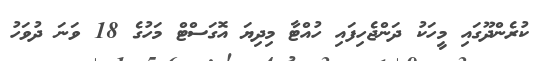
ކުރެންދޫގައި މީހަކު ދަންޖެހިފައި ހުއްޓާ މިދިޔަ އޮގަސްޓް މަހުގެ 18 ވަނަ ދުވަހު